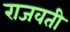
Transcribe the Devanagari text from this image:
राजवती